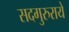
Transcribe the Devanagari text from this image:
सदगुरुराये